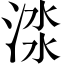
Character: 渁